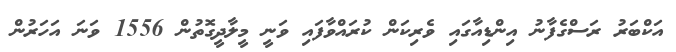
އަކްބަރު ރަސްގެފާނު އިންޑިއާގައި ވެރިކަން ކުރައްވާފައި ވަނީ މީލާދީގޮތުން 1556 ވަނަ އަހަރުން